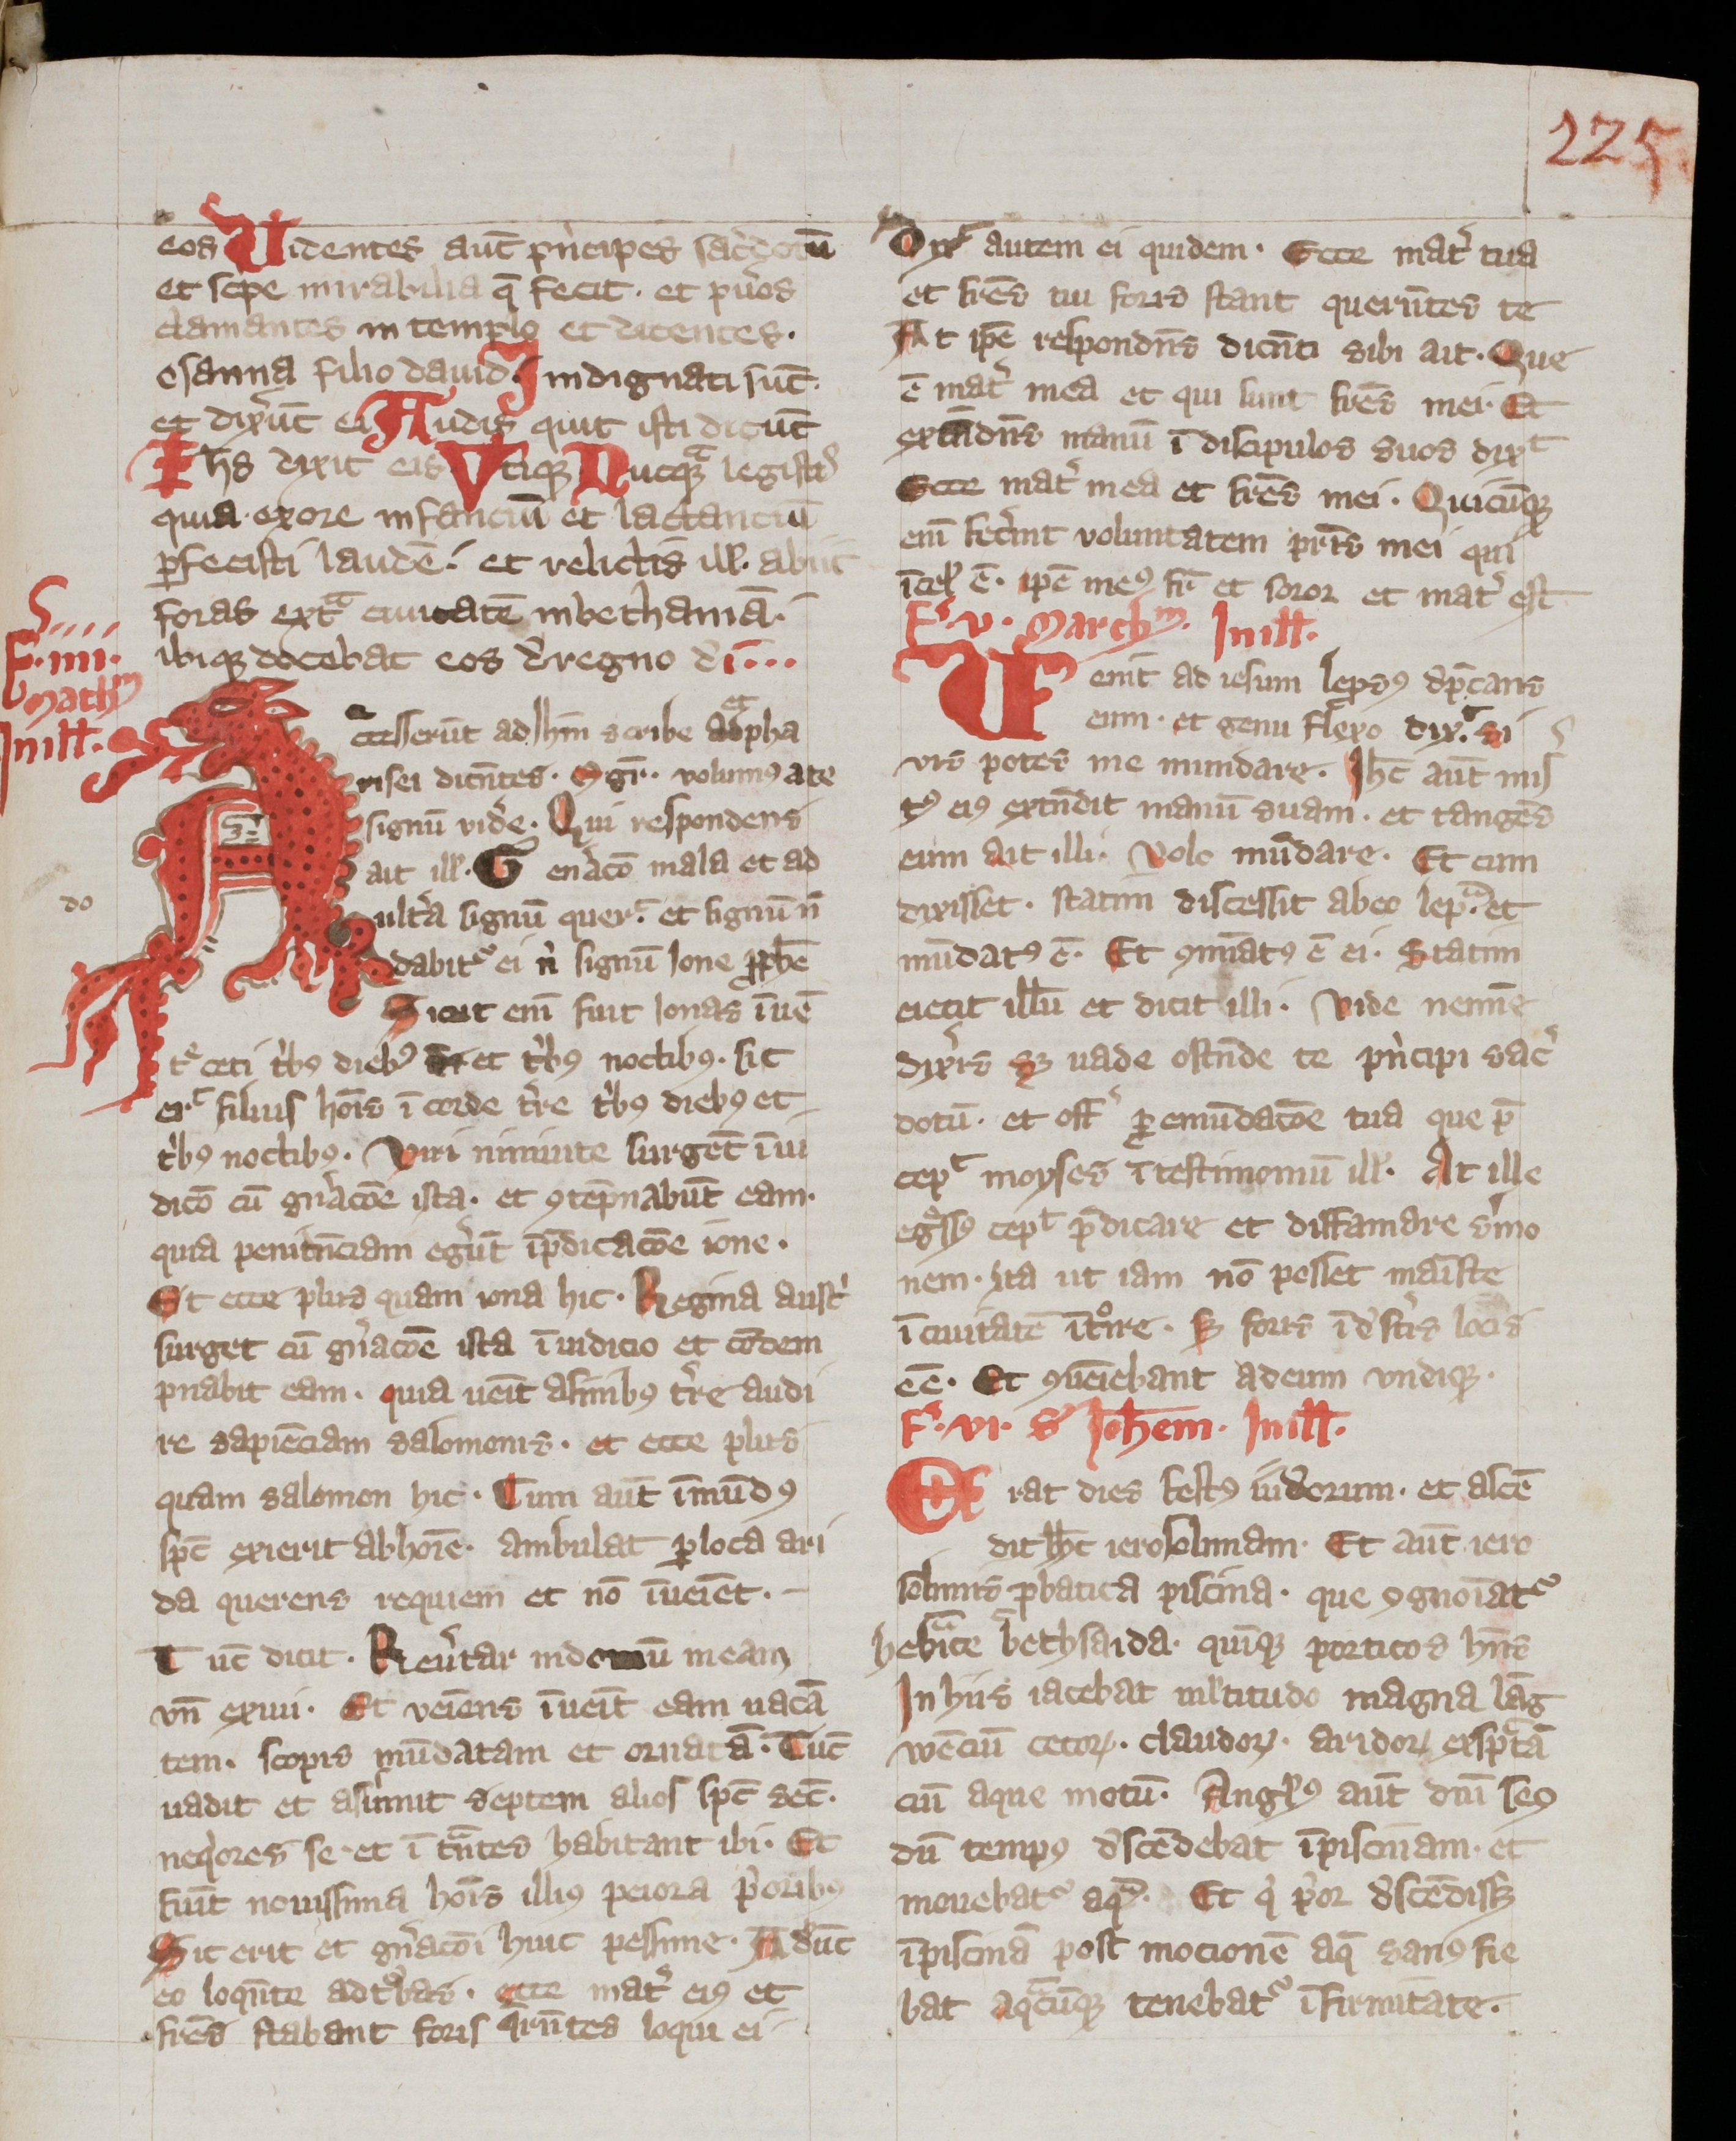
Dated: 800–899